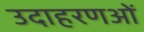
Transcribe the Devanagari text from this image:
उदाहरणओं